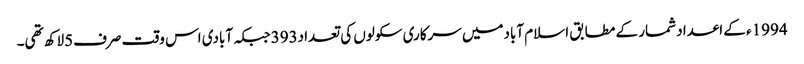
1994ء کے اعداد شمار کے مطابق اسلام آبادمیں سرکاری سکولوں کی تعداد393جبکہ آبادی اس وقت صرف5لاکھ تھی۔